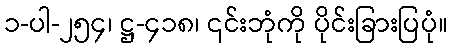
၁-ပါ-၂၅၄၊ ဋ္ဌ-၄၁၈၊ ၎င်းဘုံကို ပိုင်းခြားပြပုံ။